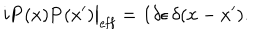
LaTeX: i { \bf P } ( x ) { \bf P } ( x ^ { \prime } ) \big | _ { \mathrm { e f f } } = { \bf 1 } \delta \epsilon \, \delta ( x - x ^ { \prime } ) .